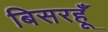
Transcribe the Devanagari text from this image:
बिसरहूँ